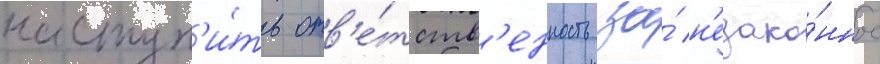
наступ'и́ть отв'е́тств'енность за́ н'езако́нное